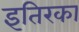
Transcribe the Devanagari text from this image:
इतिरका